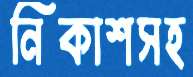
নিকাশসহ